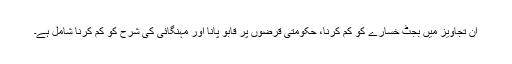
ان تجاویز میں بجٹ خسارے کو کم کرنا، حکومتی قرضوں پر قابو پانا اور مہنگائی کی شرح کو کم کرنا شامل ہے۔